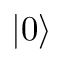
| 0 \rangle